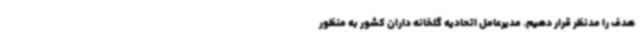
هدف را مدنظر قرار دهیم. مدیرعامل اتحادیه گلخانه داران کشور به منظور